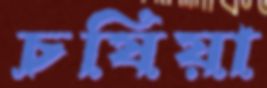
চষিয়া